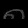
Digit: ၈